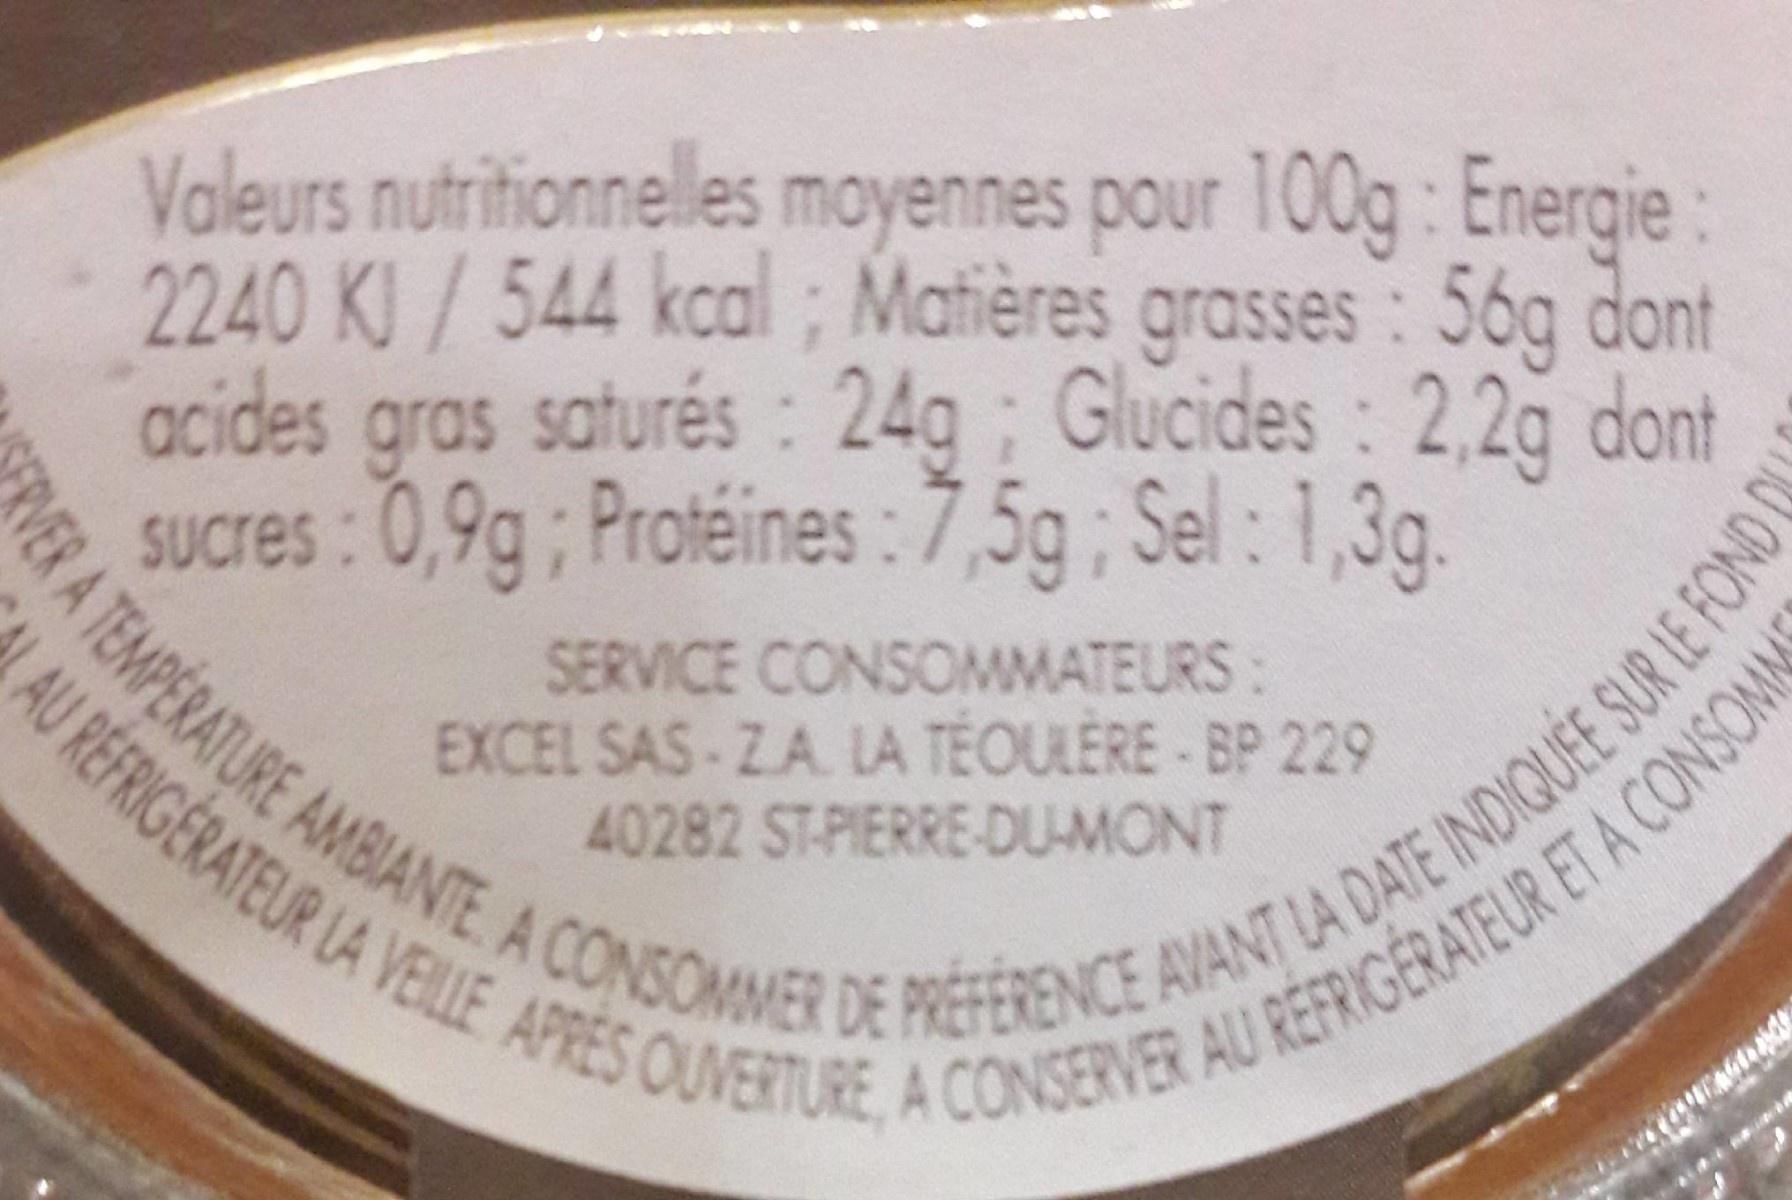
Valeurs nutritionnelles moyennes pour 100g: Energie: 2240 KJ/544 kcal acides gras saturés: 24g; Glucides: 2,2g dont SUCres : 0,9g; Protéines :7,5g; Sel: 1,3g.
;
Matières grasses: 56g dont
SERVICE CONSOMMATEURS: EXCEL SAS-ZA. LA TÉOULÈRE - BP 229 40282 ST-PIERRE-DUMONT
AU REFRIGERATEUR LA VEILLE APRES OUVERTURE, A CONSERVER AU REFRIGERATEUR ET A CONSOMNS
FRVER A TEMPERATURE AMBIANTE. A CONSOMMER DE PRÉFÉRENCE AVANT LA DATE INDIQUÉE SUR LE FOND Q